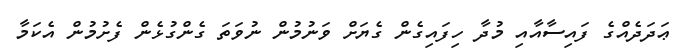
ޢަދަދެއްގެ ފައިސާއާއި މުދާ ހިފައިގެން ގެޔަށް ވަނުމުން ނުވަތަ ގެންގުޅެން ފެށުމުން އެކަމާ